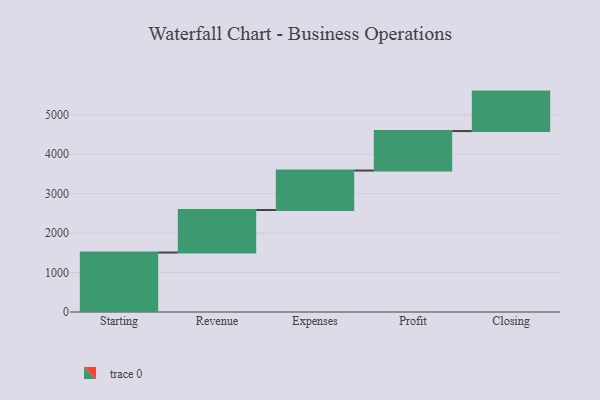
{"axis": {"x": "Step", "y": "Value"}, "legend": [""], "data": [{"x": "Starting", "y": 1507.0, "type": ""}, {"x": "Revenue", "y": 1077.0, "type": ""}, {"x": "Expenses", "y": 1000, "type": ""}, {"x": "Profit", "y": 1000, "type": ""}, {"x": "Closing", "y": 1000, "type": ""}]}